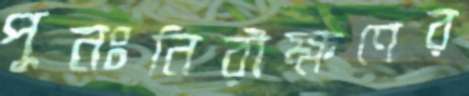
পুনঃনিরীক্ষণের